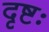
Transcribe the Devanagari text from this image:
दृष्टः